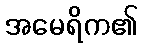
အမေရိက၏